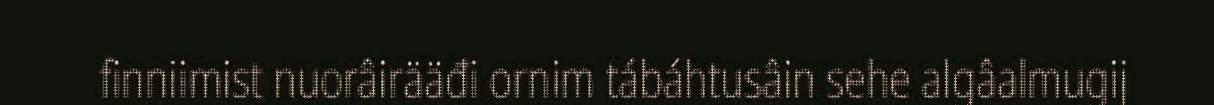
finniimist nuorâirääđi ornim tábáhtusâin sehe algâalmugij